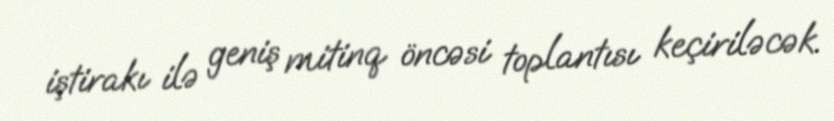
iştirakı ilə geniş mitinq öncəsi toplantısı keçiriləcək.